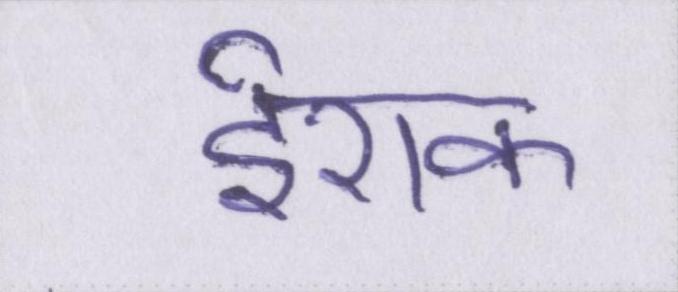
ईराक